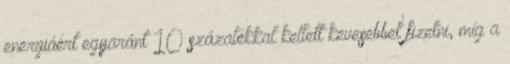
energiáért egyaránt 10 százalékkal kellett kevesebbet fizetni, míg a